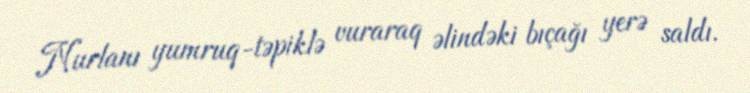
Nurlanı yumruq-təpiklə vuraraq əlindəki bıçağı yerə saldı.